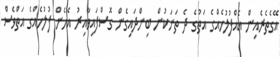
އޭގެތެރެއިން އެއްފުލުހެއްގެ އަތުގެ ދެ ތަނަކުން ބިންދައިގެން ގޮސްފައިވާއިރު އެހެން ފުލުހެއްގެ އަތްވެސް